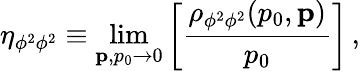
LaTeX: \eta_{\phi^{2}\phi^{2}}\equiv\operatorname*{lim}_{{\mathbf p},p_{0}\to 0}\left[{\frac{\rho_{\phi^{2}\phi^{2}}(p_{0},{\mathbf p})}{p_{0}}}\right]\, ,